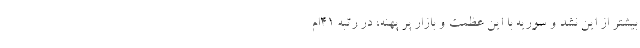
بیشتر از این نشد و سوریه با این عظمت و بازار پر پهنه، در رتبه 41ام